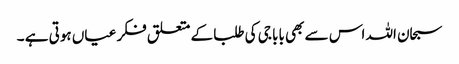
سبحان اللہ اس سے بھی بابا جی کی طلبا کے متعلق فکر عیاں ہوتی ہے ۔